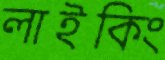
লাইকিং